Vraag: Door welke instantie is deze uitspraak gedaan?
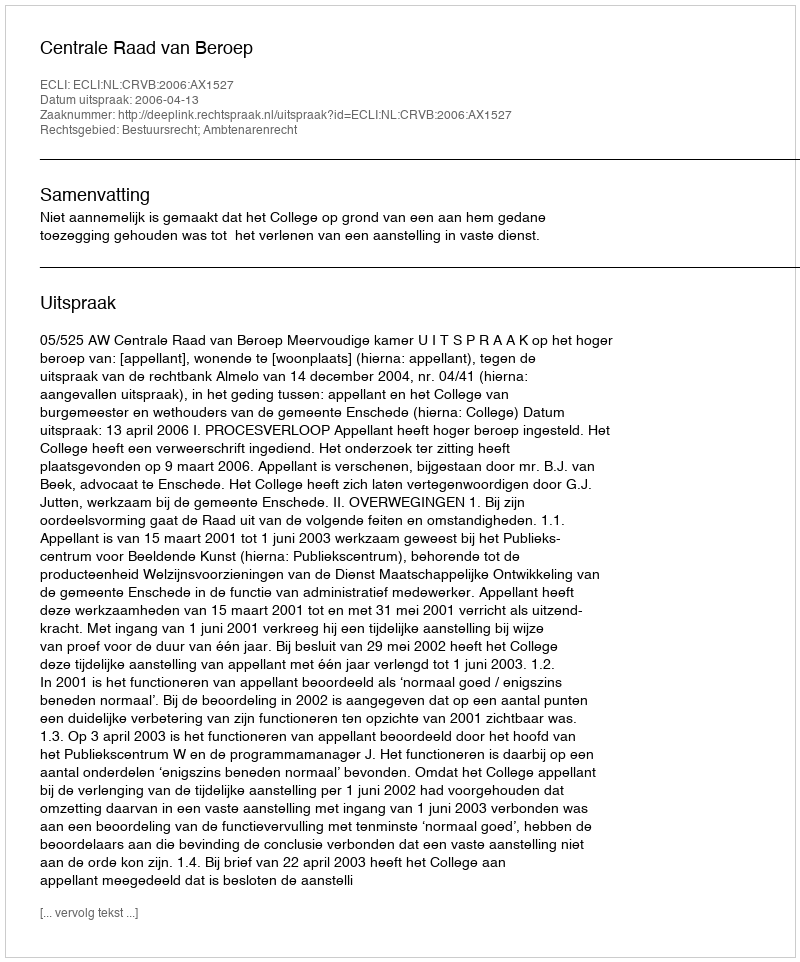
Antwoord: Centrale Raad van Beroep